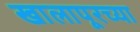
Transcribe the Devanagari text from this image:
खालापूरच्या